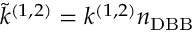
\tilde { k } ^ { ( 1 , 2 ) } = k ^ { ( 1 , 2 ) } n _ { \mathrm { D B B } }